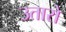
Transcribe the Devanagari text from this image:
उतारो